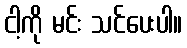
ငါ့ကို မင်း သင်ပေးပါ။